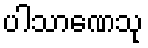
ပါသာဏေသု